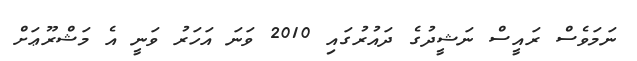
ނަމަވެސް ރައީސް ނަޝީދުގެ ދައުރުގައި 2010 ވަނަ އަހަރު ވަނީ އެ މަޝްރޫޢަށް